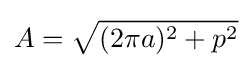
A={\sqrt {(2\pi a)^{2}+p^{2}}}